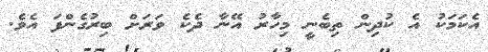
އެކަމަކު އެ ކުދިން ތިބެނީ މިހާރު އޭނާ ދެކެ ވަރަށް ބިރުގެންފަ އެވެ.